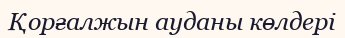
Қорғалжын ауданы көлдері